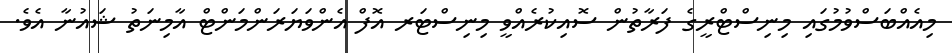
މިއެއްބަސްވުމުގައި މިނިސްޓްރީގެ ފަރާތުން ސޮއިކުރެއްވީ މިނިސްޓަރ އޮފް އެންވަޔަރަންމަންޓް އާމިނަތު ޝައުނާ އެވެ.